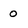
Character: 0